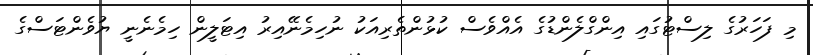
މި ފަހަރުގެ ލިސްޓުގައި އިންގްލެންޑުގެ އެއްވެސް ކުޅުންތެރިއަކު ނުހިމެނޭއިރު އިޓަލީން ހިމެނެނީ ޔުވެންޓަސްގެ